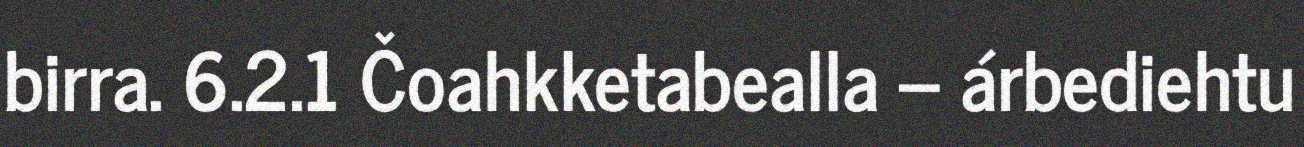
birra. 6.2.1 Čoahkketabealla – árbediehtu